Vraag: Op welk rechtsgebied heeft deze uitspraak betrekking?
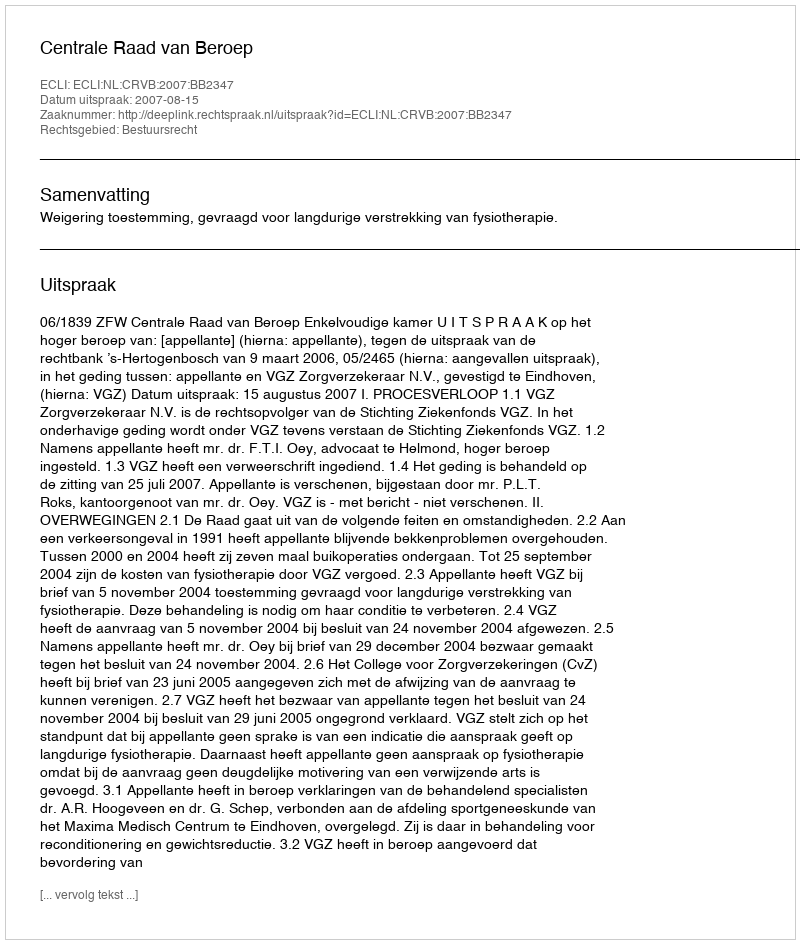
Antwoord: Bestuursrecht